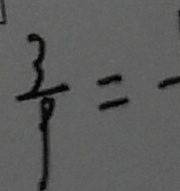
\frac { 3 } { 9 } = -